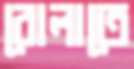
বোলাতে